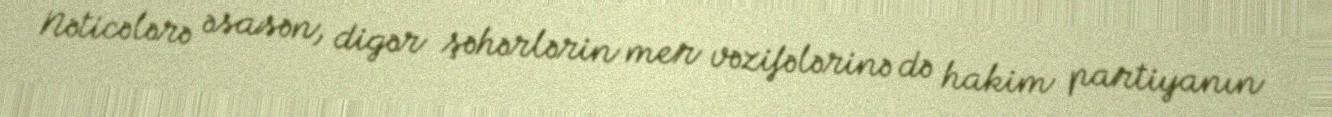
Nəticələrə əsasən, digər şəhərlərin mer vəzifələrinə də hakim partiyanın